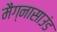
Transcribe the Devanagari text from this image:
मैग्नासाउंड